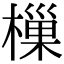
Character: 樔